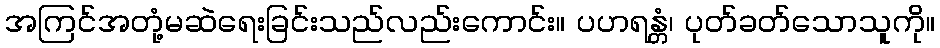
အကြင်အတုံ့မဆဲရေးခြင်းသည်လည်းကောင်း။ ပဟရန္တံ၊ ပုတ်ခတ်သောသူကို။